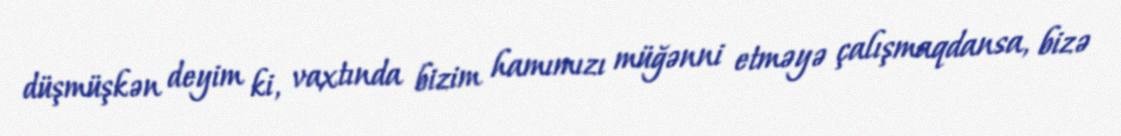
düşmüşkən deyim ki, vaxtında bizim hamımızı müğənni etməyə çalışmaqdansa, bizə